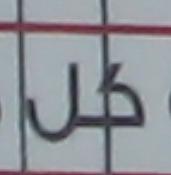
كل